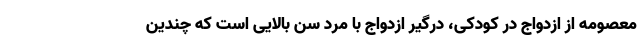
معصومه از ازدواج در کودکی، درگیر ازدواج با مرد سن بالایی است که چندین